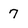
Character: 7